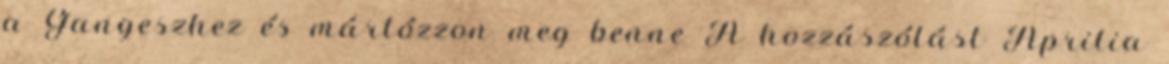
a Gangeszhez és mártózzon meg benne A hozzászólást Áprilia